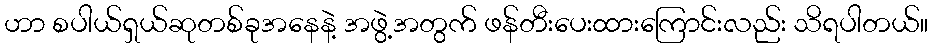
ဟာ စပါယ်ရှယ်ဆုတစ်ခုအနေနဲ့ အဖွဲ့အတွက် ဖန်တီးပေးထားကြောင်းလည်း သိရပါတယ်။